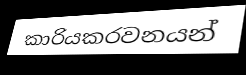
කාරියකරවනයන්